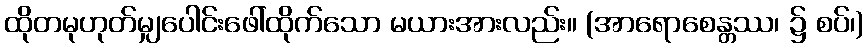
ထိုတမုဟုတ်မျှပေါင်းဖေါ်ထိုက်သော မယားအားလည်း။ (အာရောစေန္တဿ၊ ၌ စပ်၊)